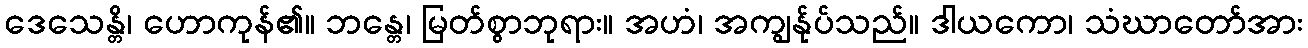
ဒေသေန္တိ၊ ဟောကုန်၏။ ဘန္တေ၊ မြတ်စွာဘုရား။ အဟံ၊ အကျွန်ုပ်သည်။ ဒါယကော၊ သံဃာတော်အား